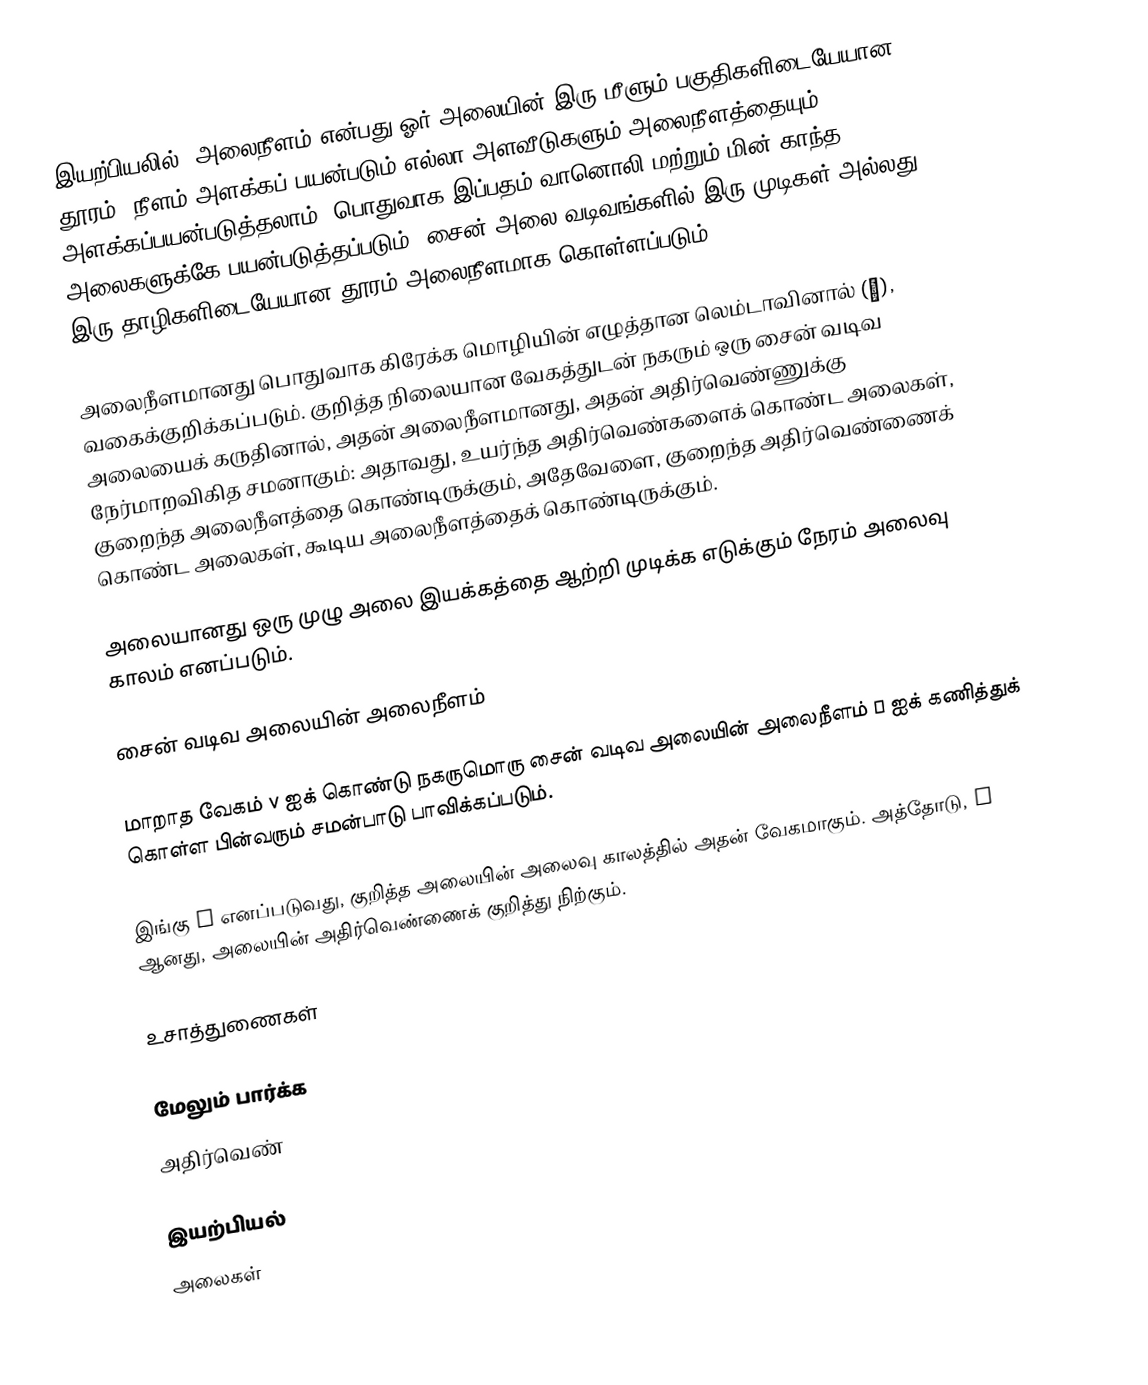
இயற்பியலில், அலைநீளம் என்பது ஓர் அலையின் இரு மீளும் பகுதிகளிடையேயான தூரம். நீளம் அளக்கப் பயன்படும் எல்லா அளவீடுகளும் அலைநீளத்தையும் அளக்கப்பயன்படுத்தலாம். பொதுவாக இப்பதம் வானொலி மற்றும் மின் காந்த அலைகளுக்கே பயன்படுத்தப்படும். சைன் அலை வடிவங்களில் இரு முடிகள் அல்லது இரு தாழிகளிடையேயான தூரம் அலைநீளமாக கொள்ளப்படும்.

அலைநீளமானது பொதுவாக கிரேக்க மொழியின் எழுத்தான லெம்டாவினால் (λ), வகைக்குறிக்கப்படும். குறித்த நிலையான வேகத்துடன் நகரும் ஒரு சைன் வடிவ அலையைக் கருதினால், அதன் அலைநீளமானது, அதன் அதிர்வெண்ணுக்கு நேர்மாறவிகித சமனாகும்: அதாவது, உயர்ந்த அதிர்வெண்களைக் கொண்ட அலைகள், குறைந்த அலைநீளத்தை கொண்டிருக்கும், அதேவேளை, குறைந்த அதிர்வெண்ணைக் கொண்ட அலைகள், கூடிய அலைநீளத்தைக் கொண்டிருக்கும்.

அலையானது ஒரு முழு அலை இயக்கத்தை ஆற்றி முடிக்க எடுக்கும் நேரம் அலைவு காலம் எனப்படும்.

சைன் வடிவ அலையின் அலைநீளம்

மாறாத வேகம் v ஐக் கொண்டு நகருமொரு  சைன் வடிவ அலையின் அலைநீளம் λ ஐக் கணித்துக்  கொள்ள பின்வரும் சமன்பாடு பாவிக்கப்படும்.

இங்கு v எனப்படுவது, குறித்த அலையின் அலைவு காலத்தில் அதன் வேகமாகும். அத்தோடு, f ஆனது, அலையின் அதிர்வெண்ணைக் குறித்து நிற்கும்.

உசாத்துணைகள்

மேலும் பார்க்க
அதிர்வெண்

இயற்பியல்
அலைகள்